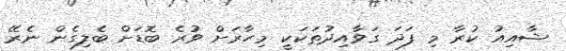
ޝާއިއު ކުރާ މި ފަދަ ގަވާއިދުތަކަކީ މިހާރަށް ވުރެ ބޮޑަށް ބެލިގެން ނެރޭ